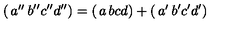
\left( \begin{matrix} { a ^ { \prime \prime } } & { b ^ { \prime \prime } } \\ { c ^ { \prime \prime } } & { d ^ { \prime \prime } } \\ \end{matrix} \right) = \left( \begin{matrix} { a } & { b } \\ { c } & { d } \\ \end{matrix} \right) + \left( \begin{matrix} { a ^ { \prime } } & { b ^ { \prime } } \\ { c ^ { \prime } } & { d ^ { \prime } } \\ \end{matrix} \right)